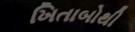
ખિતાબોથી